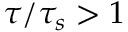
\tau / \tau _ { s } > 1